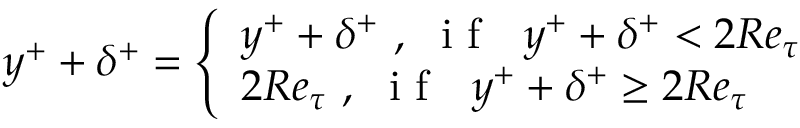
y ^ { + } + \delta ^ { + } = \left\{ \begin{array} { l l } { y ^ { + } + \delta ^ { + } ~ , ~ \mathrm { ~ i ~ f ~ } ~ ~ y ^ { + } + \delta ^ { + } < 2 R e _ { \tau } } \\ { 2 R e _ { \tau } ~ , ~ \mathrm { ~ i ~ f ~ } ~ ~ y ^ { + } + \delta ^ { + } \geq 2 R e _ { \tau } } \end{array} \right.